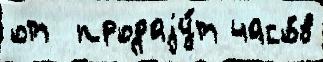
от  продаjу́т часо́в